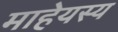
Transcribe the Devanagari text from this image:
माहेयस्य